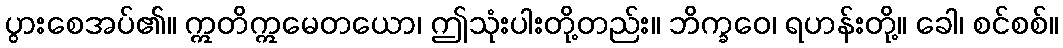
ပွားစေအပ်၏။ ဣတိဣမေတယော၊ ဤသုံးပါးတို့တည်း။ ဘိက္ခဝေ၊ ရဟန်းတို့။ ခေါ၊ စင်စစ်။